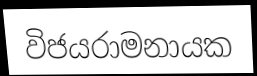
විජයරාමනායක